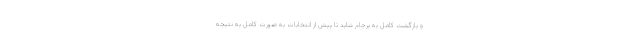
و بازگشت کامل به برجام شاید تا پیش از انتخابات به صورت کامل به نتیجه